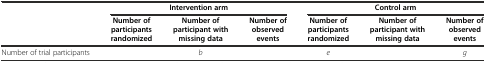
<table><thead><tr><td>[EMPTY_CELL]</td><td colspan="3"><b>Intervention arm</b></td><td colspan="3"><b>Control arm</b></td></tr><tr><td>[EMPTY_CELL]</td><td><b>Number of participants randomized</b></td><td><b>Number of participant with missing data</b></td><td><b>Number of observed events</b></td><td><b>Number of participants randomized</b></td><td><b>Number of participant with missing data</b></td><td><b>Number of observed events</b></td></tr></thead><tbody><tr><td>Number of trial participants</td><td>[EMPTY_CELL]</td><td><i>b</i></td><td>[EMPTY_CELL]</td><td><i>e</i></td><td>[EMPTY_CELL]</td><td><i>g</i></td></tr></tbody></table>